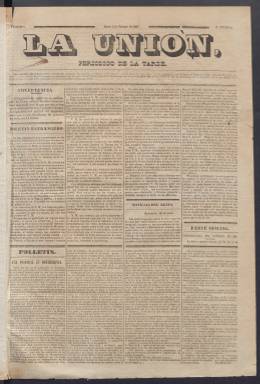
Título: La Unión (Madrid. 1847. Periódico de la tarde)
Colección: Periódicos anteriores a 1850
Ámbito geográfico: Madrid
Lugar de publicación: Madrid
Fechas: 02/02/1847-30/06/1847